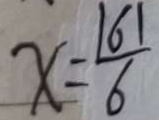
x = \frac { \vert 6 \vert } { 6 }